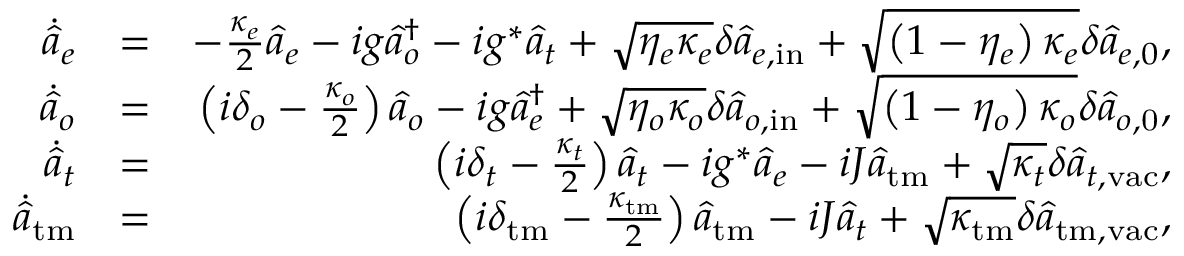
\begin{array} { r l r } { \dot { \hat { a } } _ { e } } & { = } & { - \frac { \kappa _ { e } } { 2 } \hat { a } _ { e } - i g \hat { a } _ { o } ^ { \dagger } - i g ^ { * } \hat { a } _ { t } + \sqrt { \eta _ { e } \kappa _ { e } } \delta \hat { a } _ { e , \mathrm { i n } } + \sqrt { \left( 1 - \eta _ { e } \right) \kappa _ { e } } \delta \hat { a } _ { e , 0 } , } \\ { \dot { \hat { a } } _ { o } } & { = } & { \left( i \delta _ { o } - \frac { \kappa _ { o } } { 2 } \right) \hat { a } _ { o } - i g \hat { a } _ { e } ^ { \dagger } + \sqrt { \eta _ { o } \kappa _ { o } } \delta \hat { a } _ { o , \mathrm { i n } } + \sqrt { \left( 1 - \eta _ { o } \right) \kappa _ { o } } \delta \hat { a } _ { o , \mathrm { 0 } } , } \\ { \dot { \hat { a } } _ { t } } & { = } & { \left( i \delta _ { t } - \frac { \kappa _ { t } } { 2 } \right) \hat { a } _ { t } - i g ^ { * } \hat { a } _ { e } - i J \hat { a } _ { \mathrm { t m } } + \sqrt { \kappa _ { t } } \delta \hat { a } _ { t , \mathrm { v a c } } , } \\ { \dot { \hat { a } } _ { \mathrm { t m } } } & { = } & { \left( i \delta _ { \mathrm { t m } } - \frac { \kappa _ { \mathrm { t m } } } { 2 } \right) \hat { a } _ { \mathrm { t m } } - i J \hat { a } _ { t } + \sqrt { \kappa _ { \mathrm { t m } } } \delta \hat { a } _ { { \mathrm { t m } } , \mathrm { v a c } } , } \end{array}